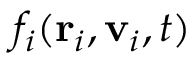
f _ { i } ( \mathbf { r } _ { i } , \mathbf { v } _ { i } , t )